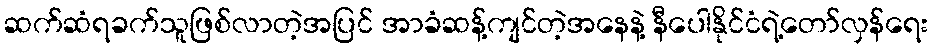
ဆက်ဆံရခက်သူဖြစ်လာတဲ့အပြင် အာခံဆန့်ကျင်တဲ့အနေနဲ့ နီပေါနိုင်ငံရဲ့တော်လှန်ရေး